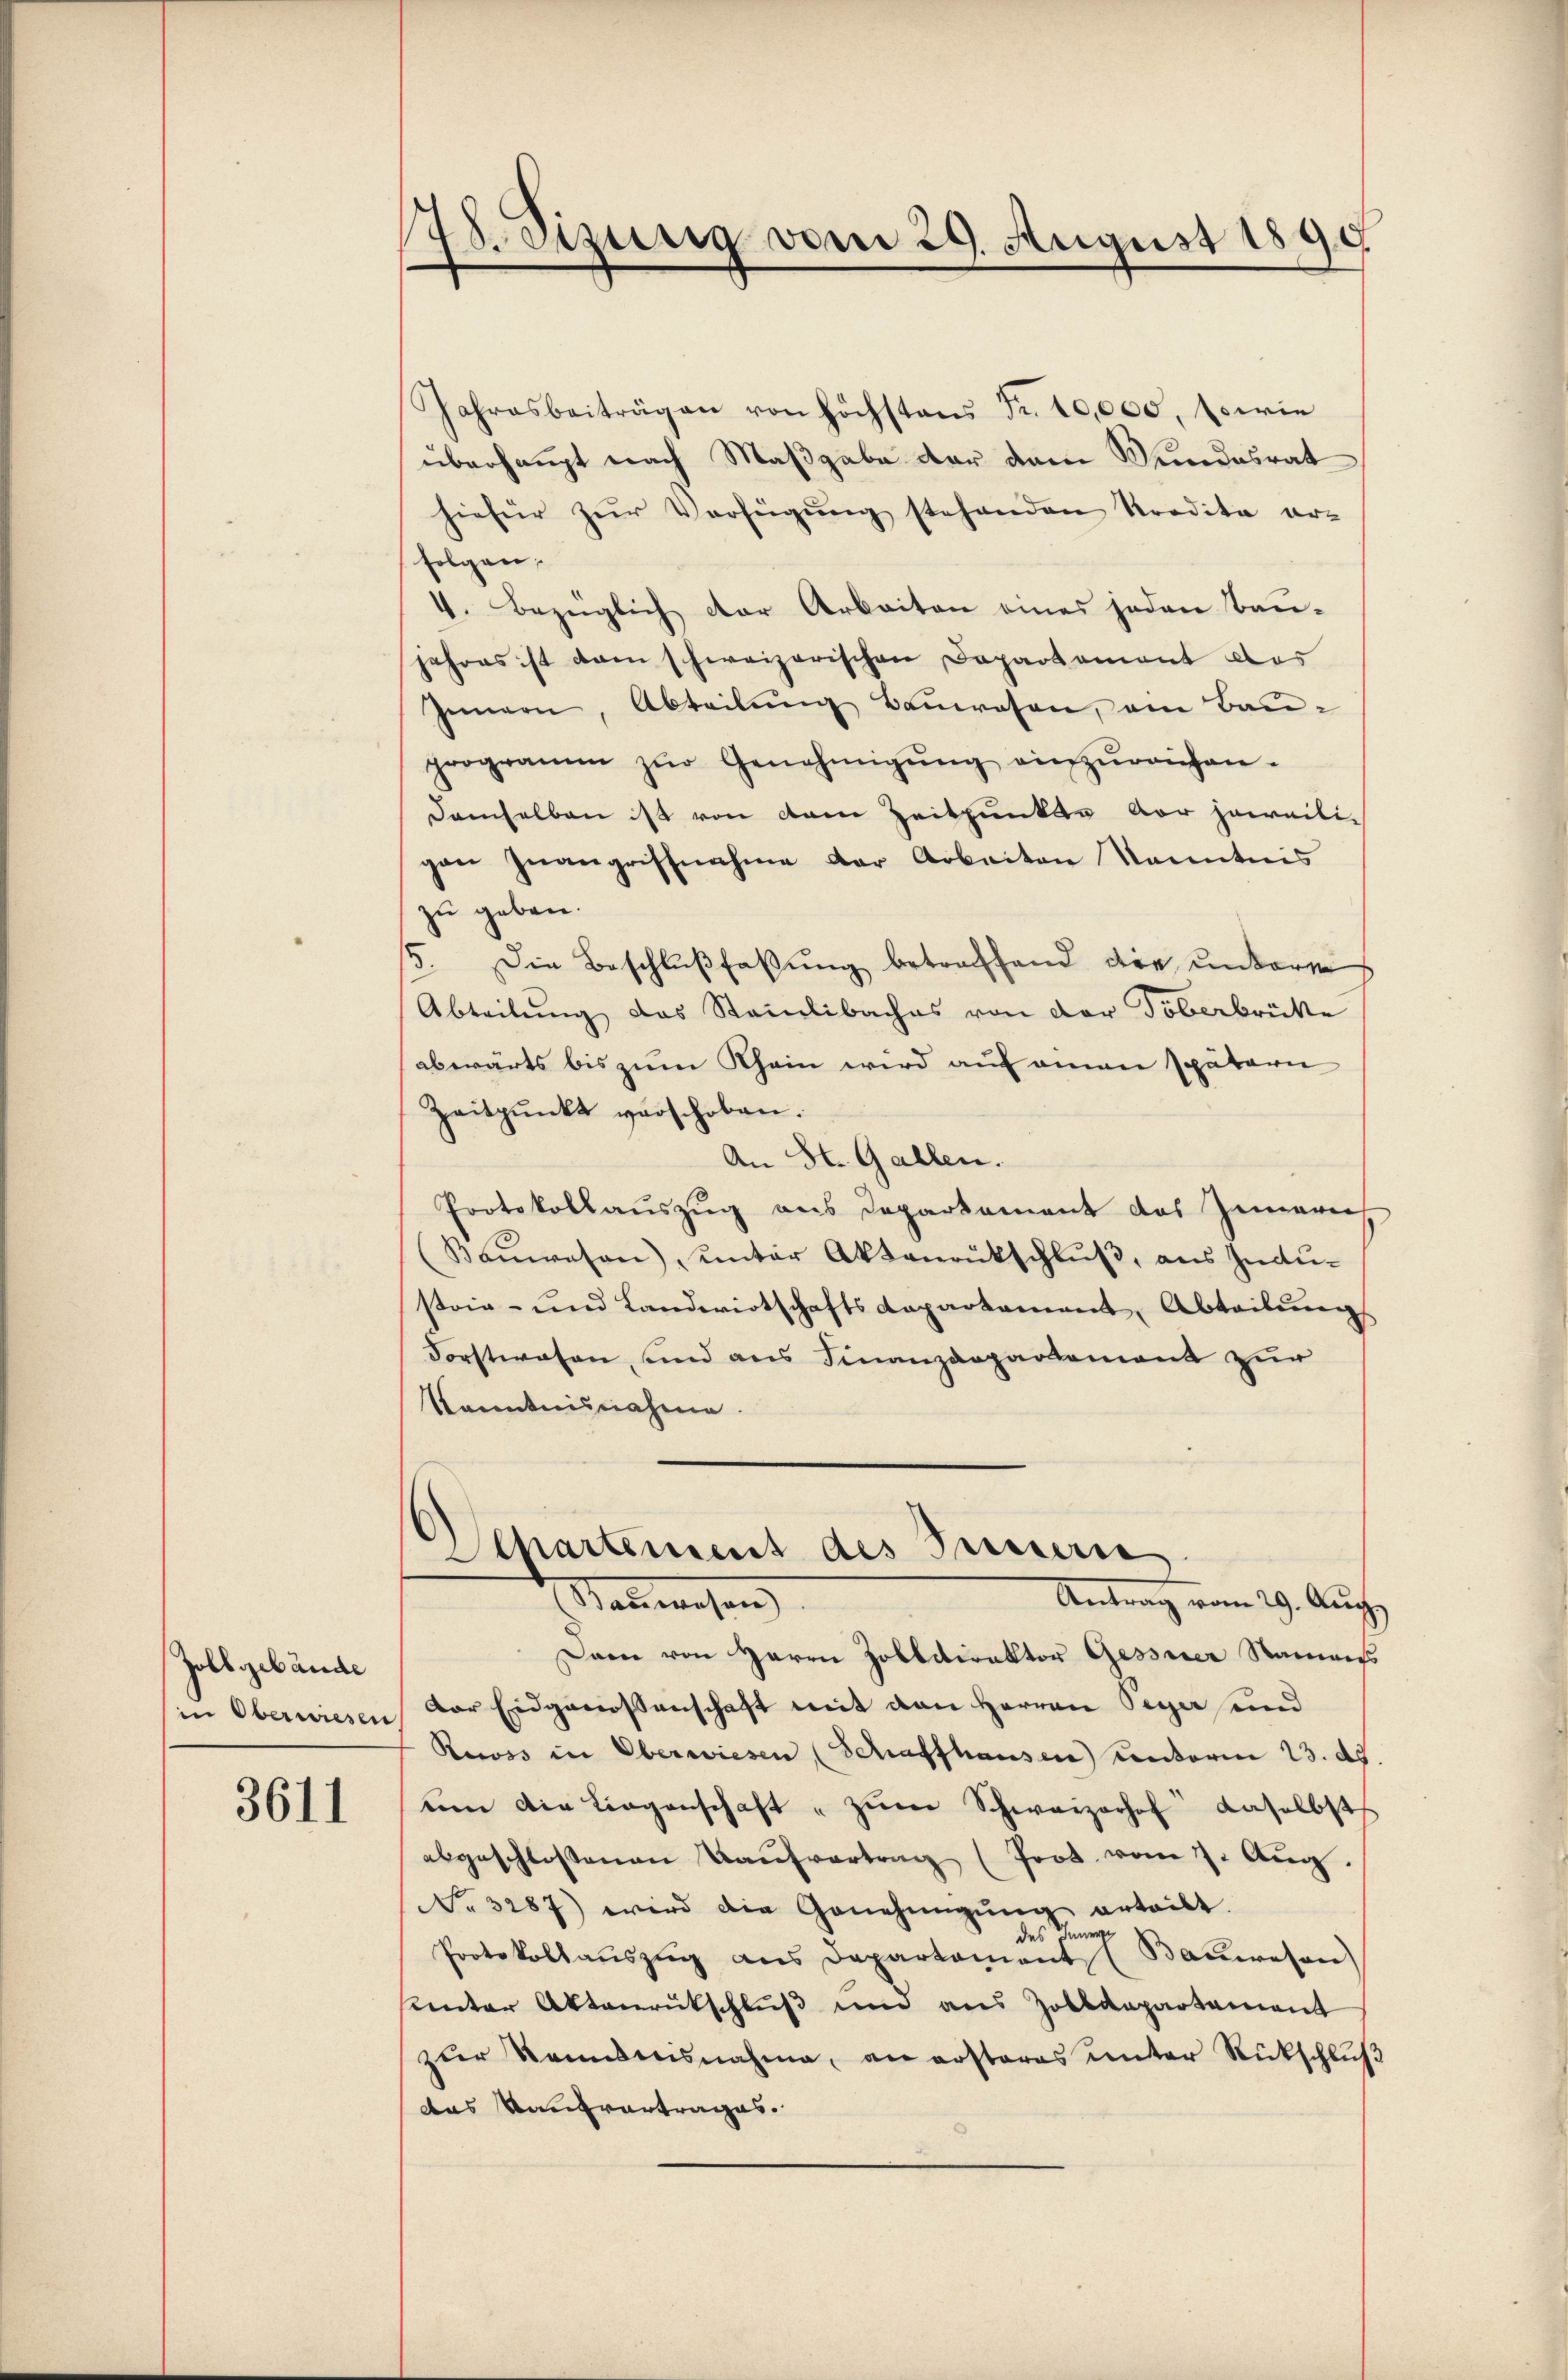
Zollgebäude
in Oberwiesen

3611

78 etzung vom 29. August 1890

5

Jahresbeiträgen von höchstens Fr. 10,000, Es wie
überhaupt nach Maßgabe der dem Wundesrat
hiefür zŭr Verfügŭng stehenden Kredita er-
folgen.
4. Bezüglich der Arbeiten eines jeden Bau-
jahres ist dam schweizerischen Departament das
Innern, Abteilung Bauwesen, am Bau-
programm zŭr Genehmigŭng einzŭreichen-
damselben ist von dem Zeitpunkte vor jeweili-
gan Inangriffnahme der Arbeiten Kenntnis
zu geben.
Die Beschlußfassung betreffend die unterm
Abteilŭng das Steinlibaches von der Töberbrückte
abwärts bis zum Rhein wird auf einen spätern
Zeitpunkt verschoben.
An St. Gallen.
Protokollauszug aus Departament das Zimmern
Baŭwesen), unter Aktenrutschluß, aus Indu-
stain- und Landwirtschaftsdepartement, Abteilung
Forstwesen, und aus Finanzdepartement zur
Kenntnisnahme.
Separtement des Innern
Antrag vom 29. Aug.
Nagelesen
Dann von Herrn Zolldirektor Gessner Namens
Der Eidgenossenschaft mit den Herren Peyer und
Rewss in Oberwiesen (Schaffhausen) Kenterm 23. ds
um die Liegenschaft " zŭm Schwarzerhof daselbst
abgeschlossenen Kaŭfvertrag (Prot. vom 7. Aŭg.
Nr. 3287) wird die Genehmigŭng erteilt.
Protokollaŭszŭg ans Departament Baŭwesen
sunter Aktenrutschluß und aus Zolldepartement
zur Kenntensnahme, an ersteres unter Rückschlich
das Kaufvertrages.